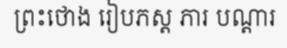
ព្រះថោង រៀបភស្ត ភារ បណ្តារ